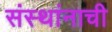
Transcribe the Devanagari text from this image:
संस्थांनाची